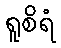
ရူစိရံ